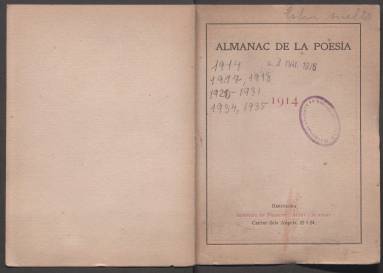
Título: Almanac de la poesia
Colección: Literatura || Almanaques
Ámbito geográfico: Barcelona
Lugar de publicación: Barcelona
Fechas: 01/01/1914-31/12/1935